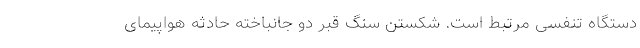
دستگاه تنفسی مرتبط است. شکستن سنگ قبر دو جانباخته حادثه هواپیمای